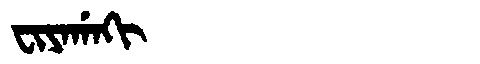
Manchu: ᠸᡳᠶᠠᡤᠠᡴᡳ
Romanization: FIYAGAKI